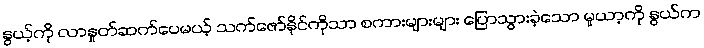
နွယ့်ကို လာနှုတ်ဆက်ပေမယ့် သက်ဇော်နိုင်ကိုသာ စကားများများ ပြောသွားခဲ့သော မူယာ့ကို နွယ်က